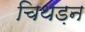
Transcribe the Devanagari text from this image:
चिथड़न